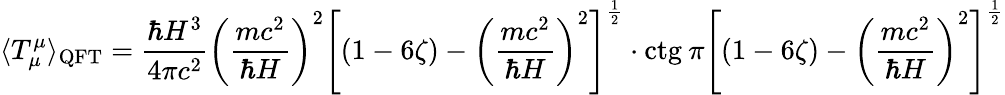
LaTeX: \langle T_{\mu}^{\mu}\rangle_{\mathrm{QFT}}=\frac{\hbar H^{3}}{4\pi c^{2}}\left(\frac{mc^{2}}{\hbar H}\right)^{2}\left\lbrack(1-6\zeta)-\left(\frac{mc^{2}}{\hbar H}\right)^{2}\right\rbrack^{\frac{1}{2}}\cdot\mathrm{ctg}\: \pi\left\lbrack(1-6\zeta)-\left(\frac{mc^{2}}{\hbar H}\right)^{2}\right\rbrack^{\frac{1}{2}}